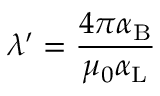
\lambda ^ { \prime } = { \frac { 4 \pi \alpha _ { \mathrm { { B } } } } { \mu _ { 0 } \alpha _ { \mathrm { { L } } } } }